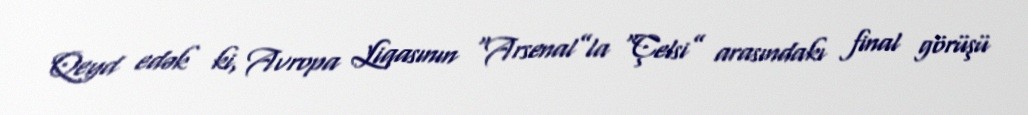
Qeyd edək ki, Avropa Liqasının “Arsenal”la “Çelsi” arasındakı final görüşü